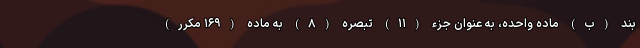
بند (ب) ماده واحده، به عنوان جزء (۱۱) تبصره (۸) به ماده (۱۶۹ مکرر)